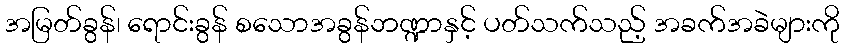
အမြတ်ခွန်၊ ရောင်းခွန် စသောအခွန်ဘဏ္ဍာနှင့် ပတ်သက်သည့် အခက်အခဲများကို